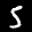
Label: 5